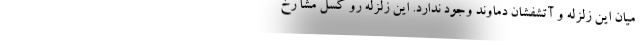
میان این زلزله و آتشفشان دماوند وجود ندارد. این زلزله رو گسل مشا رخ